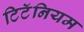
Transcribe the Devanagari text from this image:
टिटॅनियम